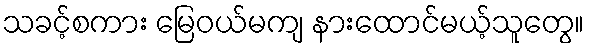
သခင့်စကား မြေဝယ်မကျ နားထောင်မယ့်သူတွေ။